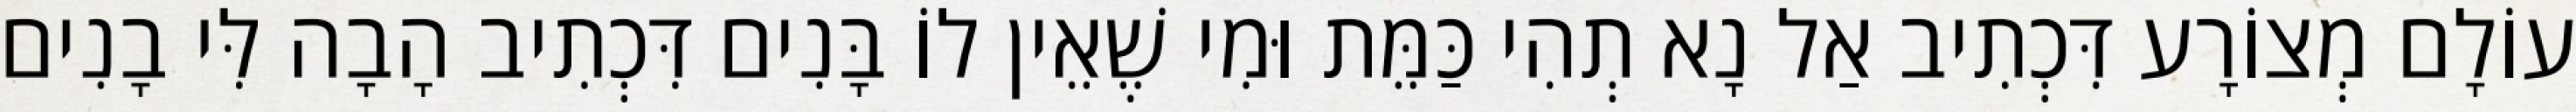
עוֹלָם מְצוֹרָע דִּכְתִיב אַל נָא תְהִי כַּמֵּת וּמִי שֶׁאֵין לוֹ בָּנִים דִּכְתִיב הָבָה לִּי בָנִים